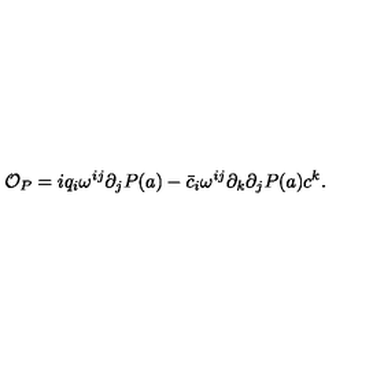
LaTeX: { \cal O } _ { P } = i q _ { i } \omega ^ { i j } \partial _ { j } P ( a ) - \bar { c } _ { i } \omega ^ { i j } \partial _ { k } \partial _ { j } P ( a ) c ^ { k } .